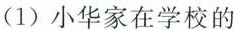
(1)小华家在学校的